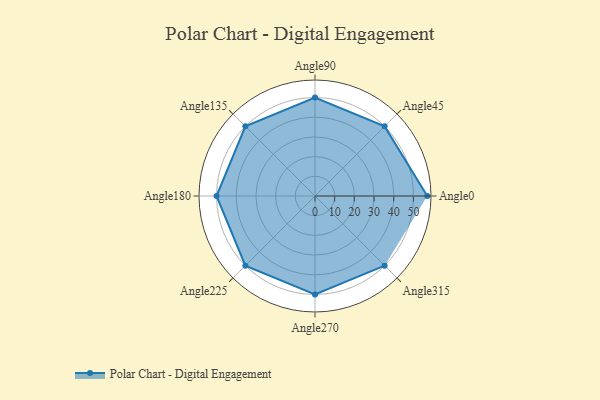
{"axis": {"x": "Angle", "y": "Radius"}, "legend": [""], "data": [{"x": "Angle0", "y": 57.0, "type": ""}, {"x": "Angle45", "y": 50, "type": ""}, {"x": "Angle90", "y": 50, "type": ""}, {"x": "Angle135", "y": 50, "type": ""}, {"x": "Angle180", "y": 50, "type": ""}, {"x": "Angle225", "y": 50, "type": ""}, {"x": "Angle270", "y": 50, "type": ""}, {"x": "Angle315", "y": 50, "type": ""}]}